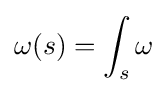
\omega (s)=\int _{s}\omega